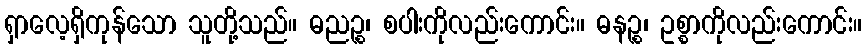
ရှာလေ့ရှိကုန်သော သူတို့သည်။ ဓညဉ္စ၊ စပါးကိုလည်းကောင်း။ ဓနဉ္စ၊ ဥစ္စာကိုလည်းကောင်း။